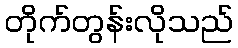
တိုက်တွန်းလိုသည်